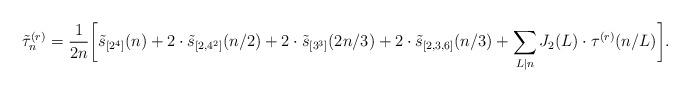
LaTeX: \begin{align*}\tilde{\tau}_n^{(r)} = \dfrac{1}{2n}\biggl[\tilde{s}_{[2^4]}(n)+2\cdot\tilde{s}_{[2,4^2]}(n/2)+2\cdot\tilde{s}_{[3^3]}(2n/3)+2\cdot\tilde{s}_{[2,3,6]}(n/3)+\sum_{L|n} J_2(L)\cdot \tau^{(r)}(n/L)\biggr].\end{align*}